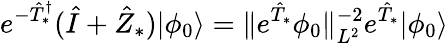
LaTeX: e^{-\hat{T}_{*}^{\dagger}}(\hat{I}+\hat{Z}_{*})|\phi_{0}\rangle=\Vert e^{\hat{T}_{*}}\phi_{0}\Vert_{L^{2}}^{-2}e^{\hat{T}_{*}}|\phi_{0}\rangle